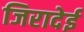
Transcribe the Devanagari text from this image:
जिरादेई